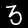
Digit: 3